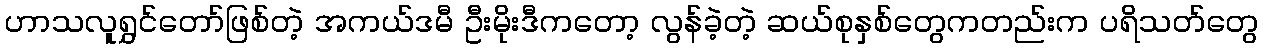
ဟာသလူရွှင်တော်ဖြစ်တဲ့ အကယ်ဒမီ ဦးမိုးဒီကတော့ လွန်ခဲ့တဲ့ ဆယ်စုနှစ်တွေကတည်းက ပရိသတ်တွေ